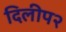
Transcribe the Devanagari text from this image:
दिलीप२